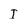
Character: I